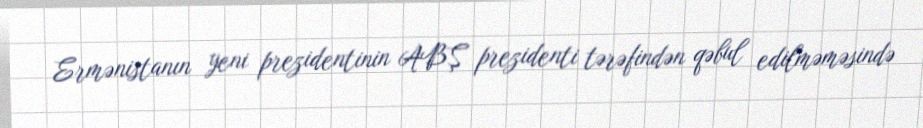
Ermənistanın yeni prezidentinin ABŞ prezidenti tərəfindən qəbul edilməməsində